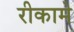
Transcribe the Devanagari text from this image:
रीकामे